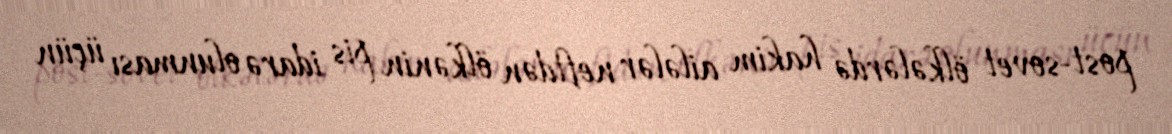
post-sovet ölkələrdə hakim ailələr neftdən ölkənin pis idarə olunması üçün